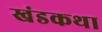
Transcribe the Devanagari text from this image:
खंडकथा